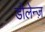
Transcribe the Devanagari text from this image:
डोलेन्ज़